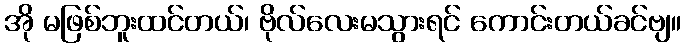
အို မဖြစ်ဘူးထင်တယ်၊ ဗိုလ်လေးမသွားရင် ကောင်းတယ်ခင်ဗျ။